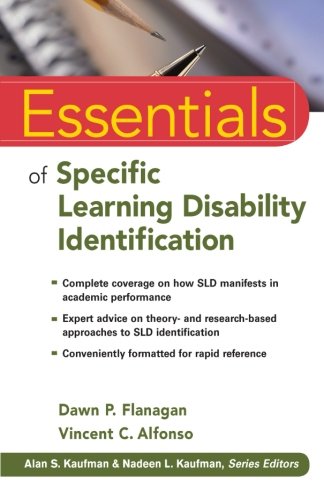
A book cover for Essentials of Specific Learning Disability Identification; Dawn P. Flanagan; Medical Books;